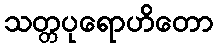
သတ္တပုရောဟိတော